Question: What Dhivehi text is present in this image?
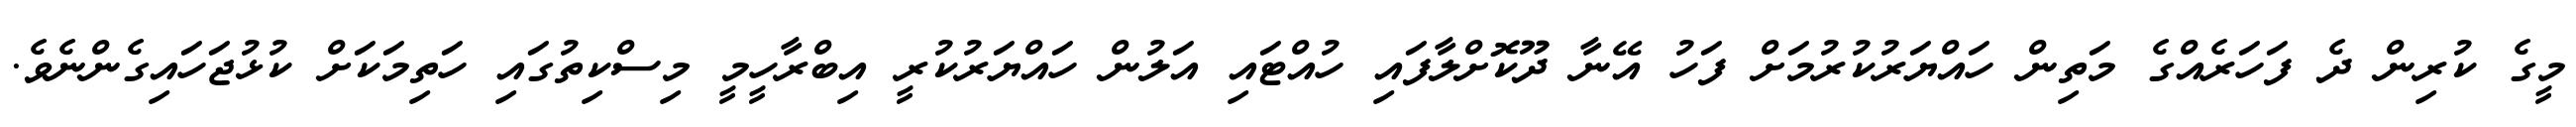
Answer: މީގެ ކުރިން ދެ ފަހަރެއްގެ މަތިން ހައްޔަރުކުރުމަށް ފަހު އޭނާ ދޫކޮށްލާފައި ހުއްޓައި އަލުން ހައްޔަރުކުރީ އިބްރާހީމީ މިސްކިތުގައި ހަތިމަކަށް ކުޅުޖަހައިގެންނެވެ.